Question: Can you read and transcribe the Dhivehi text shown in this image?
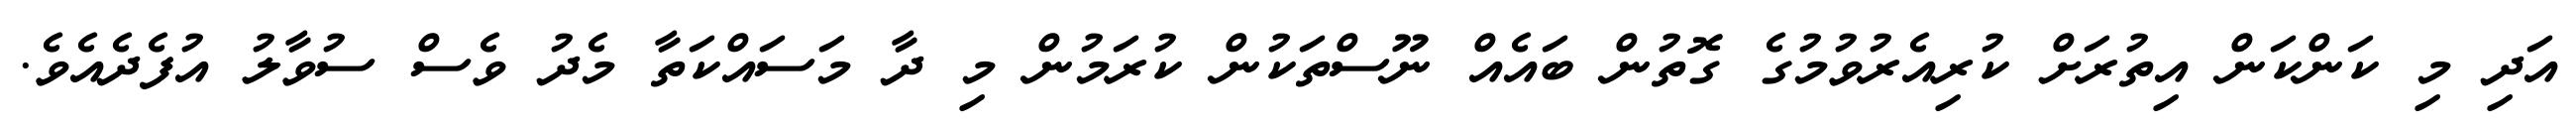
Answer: އަދި މި ކަންކަން އިތުރަށް ކުރިއެރުވުމުގެ ގޮތުން ބައެއް ނޫސްތަކުން ކުރަމުން މި ދާ މަސައްކަތާ މެދު ވެސް ސުވާލު އުފެދެއެވެ.